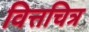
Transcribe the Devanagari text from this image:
वित्तचित्र